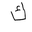
Letter: _kaf